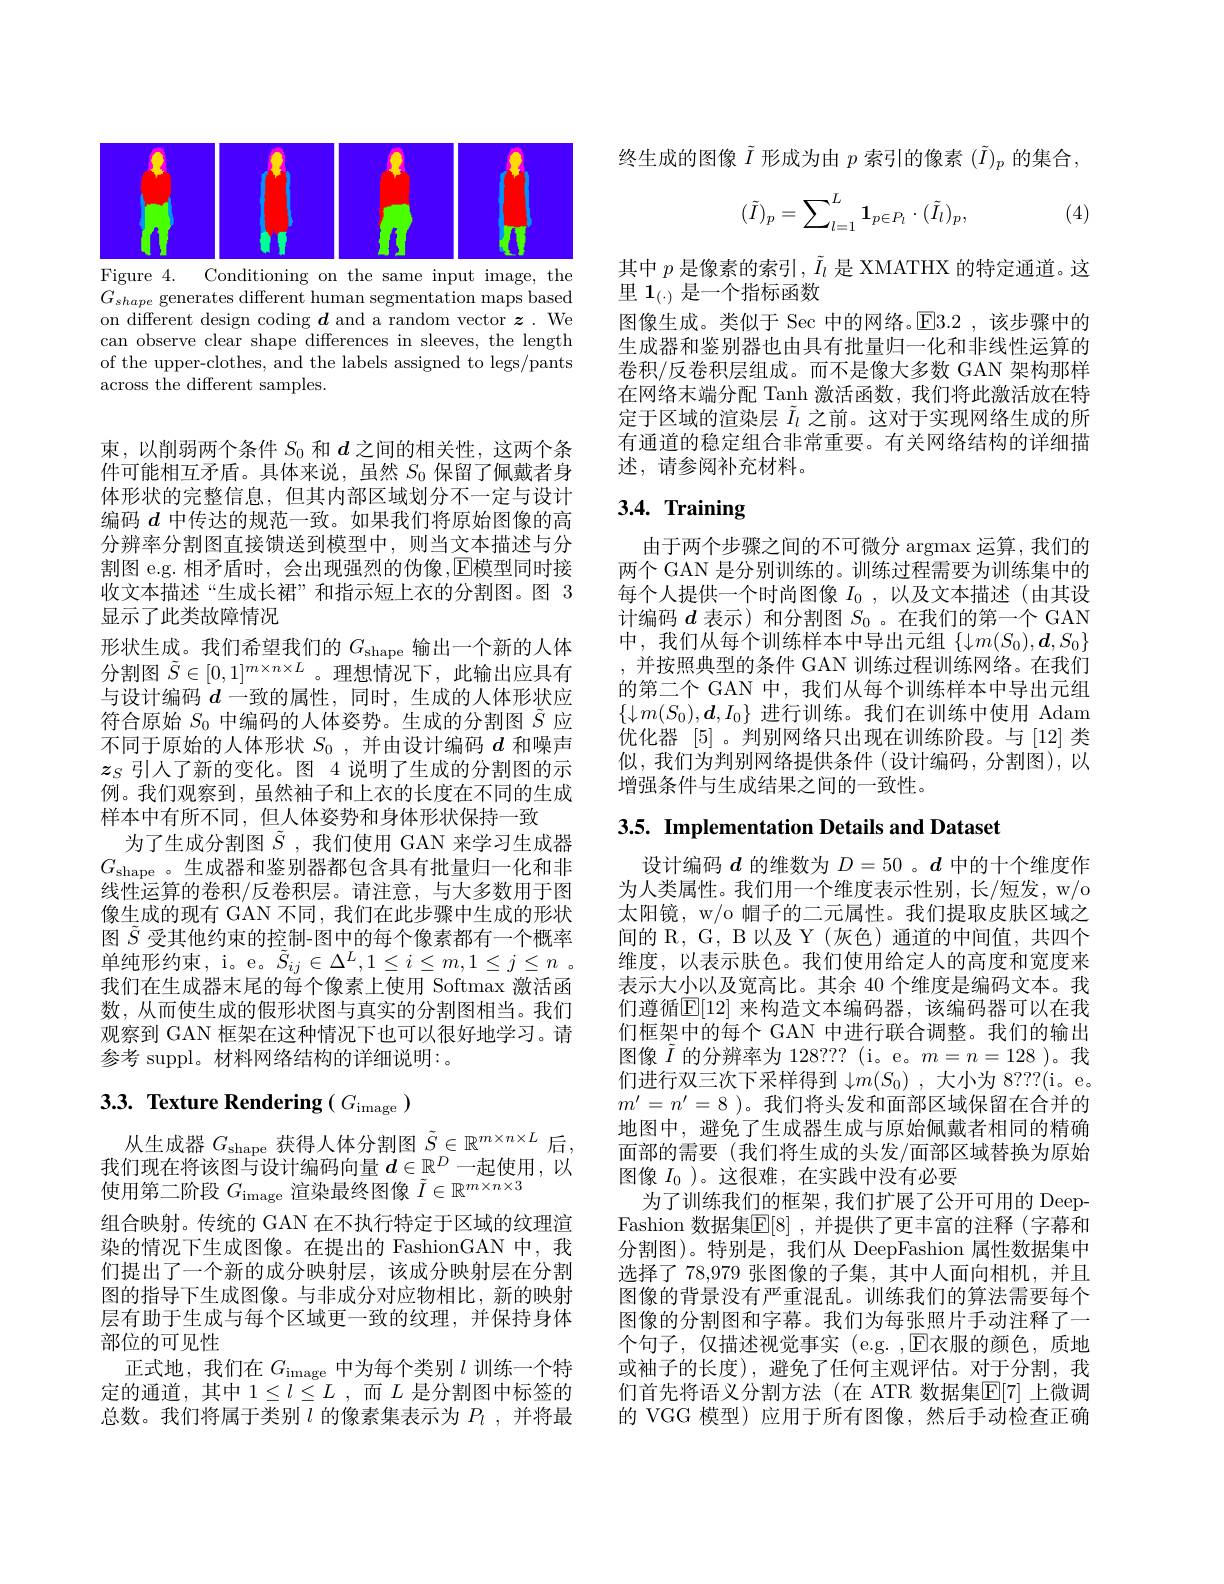
<FigureHere>
Figure 4. Conditioning on the same input image, the

$G_{shape}$ generates different human segmentation maps based on different design coding $\boldsymbol d$ and a random vector $\boldsymbol z.$ We can observe clear shape differences in sleeves, the length of the upper-clothes, and the labels assigned to legs/pants across the different samples.

束，以削弱两个条件$S_{0}$和$d$之间的相关性，这两个条件可能相互矛盾。具体来说，虽然$S_{0}$保留了佩戴者身体形状的完整信息，但其内部区域划分不一定与设计编码$d$中传达的规范一致。如果我们将原始图像的高分辨率分割图直接馈送到模型中，则当文本描述与分割图 e.g. 相矛盾时，会出现强烈的伪像，$\mathbb{E}$模型同时接收文本描述“生成长裙”和指示短上衣的分割图。图 3显示了此类故障情况
形状生成。我们希望我们的$G_\mathrm{shape}$输出一个新的人体分割图$\tilde{S}\in[0,1]^{m\times n\times L}$。理想情况下，此输出应具有与设计编码$d$一致的属性，同时，生成的人体形状应符合原始$S_{0}$中编码的人体姿势。生成的分割图$\tilde{S}$应不同于原始的人体形状$S_{0}$ ,并由设计编码$d$和噪声$z_S$引人了新的变化。图 4 说明了生成的分割图的示例。我们观察到，虽然袖子和上衣的长度在不同的生成样本中有所不同，但人体姿势和身体形状保持一致
为了生成分割图$\tilde{S}$ ,我们使用 GAN 来学习生成器$G_{\mathrm{shape}}$。生成器和鉴别器都包含具有批量归一化和非线性运算的卷积/反卷积层。请注意，与大多数用于图像生成的现有 GAN 不同，我们在此步骤中生成的形状图$\tilde{S}$受其他约束的控制-图中的每个像素都有一个概率单纯形约束，i。e。$\tilde{S} _{ij}\in \Delta ^{L}, 1\leq i\leq m, 1\leq j\leq n$ . 我们在生成器末尾的每个像素上使用 Softmax 激活函数，从而使生成的假形状图与真实的分割图相当。我们观察到 GAN 框架在这种情况下也可以很好地学习。请参考 suppl。材料网络结构的详细说明：。

# 3.3. Texture Rendering( $G_\mathrm$ )

从生成器$G_\mathrm{shape}$获得人体分割图$\tilde{S}\in\mathbb{R}^m\times n\times L$后， 我们现在将该图与设计编码向量$d\in\mathbb{R}^D$一起使用，以使用第二阶段$G_\mathrm$渲染最终图像$\tilde{I}\in\mathbb{R}^{m\times n\times3}$
组合映射。传统的 GAN 在不执行特定于区域的纹理渲染的情况下生成图像。在提出的 FashionGAN 中，我们提出了一个新的成分映射层，该成分映射层在分割图的指导下生成图像。与非成分对应物相比，新的映射层有助于生成与每个区域更一致的纹理，并保持身体部位的可见性
正式地，我们在$G_\mathrm$中为每个类别$l$训练一个特定的通道，其中$1\leq l\leq L$ ,而$L$是分割图中标签的总数。我们将属于类别$l$的像素集表示为$P_l$,并将最

终生成的图像$\tilde{I}$形成为由$p$索引的像素$(\tilde{I})_p$的集合，
$$(\tilde{I})_p=\sum_{l=1}^L\mathbf{1}_{p\in P_l}\cdot(\tilde{I}_l)_p,$$
(4)

其中$p$是像素的索引$,\tilde{I}_l$是 XMATHX 的特定通道。这
里$\mathbf{1}_{(\cdot)}$是一个指标函数
图像生成。类似于 Sec 中的网络。$\overline{\mathrm{E}}3.2$ ,该步骤中的生成器和鉴别器也由具有批量归一化和非线性运算的卷积/反卷积层组成。而不是像大多数 GAN 架构那样在网络末端分配 Tanh 激活函数，我们将此激活放在特定于区域的渲染层$\tilde{I}_l$之前。这对于实现网络生成的所有通道的稳定组合非常重要。有关网络结构的详细描述，请参阅补充材料。

# $3. 4. \textbf{ Training}$

由于两个步骤之间的不可微分 argmax 运算，我们的两个 GAN 是分别训练的。训练过程需要为训练集中的每个人提供一个时尚图像$I_0$,以及文本描述(由其设计编码$d$表示)和分割图$S_{0}$ 。在我们的第一个 GAN 中，我们从每个训练样本中导出元组$\{\downarrow m(S_0),\boldsymbol{d},S_0\}$ ,并按照典型的条件 GAN 训练过程训练网络。在我们的第二个 GAN 中，我们从每个训练样本中导出元组$\{\downarrow m(S_{0}),\boldsymbol{d},I_{0}\}$进行训练。我们在训练中使用 Adam 优化器[5] 。判别网络只出现在训练阶段。与 [12]类似，我们为判别网络提供条件(设计编码，分割图),以增强条件与生成结果之间的一致性。

3.5. Implementation Details and Dataset

设计编码$d$的维数为$D=50$ 。$d$中的十个维度作为人类属性。我们用一个维度表示性别，长/短发，w/o 太阳镜，w/o 帽子的二元属性。我们提取皮肤区域之间的 R, G, B 以及 Y (灰色) 通道的中间值，共四个维度，以表示肤色。我们使用给定人的高度和宽度来表示大小以及宽高比。其余 40 个维度是编码文本。我们遵循$\mathbb{E}[12]$ 来构造文本编码器，该编码器可以在我们框架中的每个 GAN 中进行联合调整。我们的输出图像$\tilde{I}$的分辨率为 128??? (i。e。$m=n=128$ )。我们进行双三次下采样得到$\downarrow m(S_0)$ ,大小为 8???(i。e。$m^{\prime}=n^{\prime}=8$ )。我们将头发和面部区域保留在合并的地图中，避免了生成器生成与原始佩戴者相同的精确面部的需要 (我们将生成的头发/面部区域替换为原始图像$I_0$ )。这很难，在实践中没有必要
为了训练我们的框架，我们扩展了公开可用的 DeepFashion 数据集$\mathbb{E}[8]$ ,并提供了更丰富的注释 (字幕和分割图)。特别是，我们从 DeepFashion 属性数据集中选择了 78,979 张图像的子集，其中人面向相机，并且图像的背景没有严重混乱。训练我们的算法需要每个图像的分割图和字幕。我们为每张照片手动注释了一个句子，仅描述视觉事实(e.g.,$\operatorname{E}$衣服的颜色，质地或袖子的长度),避免了任何主观评估。对于分割，我们首先将语义分割方法(在 ATR 数据集$\mathbb{E}[7]$ 上微调的 VGG 模型) 应用于所有图像，然后手动检查正确